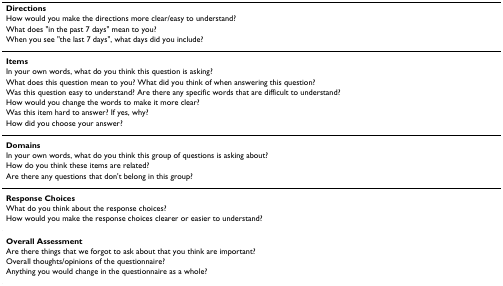
<table><thead><tr><td><b>Directions</b></td></tr><tr><td><b>How would you make the directions more clear/easy to understand?</b></td></tr><tr><td><b>What does &quot;in the past 7 days&quot; mean to you?</b></td></tr><tr><td><b>When you see &quot;the last 7 days&quot;, what days did you include?</b></td></tr></thead><tbody><tr><td><b>Items</b></td></tr><tr><td>In your own words, what do you think this question is asking?</td></tr><tr><td>What does this question mean to you? What did you think of when answering this question?</td></tr><tr><td>Was this question easy to understand? Are there any specific words that are difficult to understand?</td></tr><tr><td>How would you change the words to make it more clear?</td></tr><tr><td>Was this item hard to answer? If yes, why?</td></tr><tr><td>How did you choose your answer?</td></tr><tr><td><b>Domains</b></td></tr><tr><td>In your own words, what do you think this group of questions is asking about?</td></tr><tr><td>How do you think these items are related?</td></tr><tr><td>Are there any questions that don&#x27;t belong in this group?</td></tr><tr><td><b>Response Choices</b></td></tr><tr><td>What do you think about the response choices?</td></tr><tr><td>How would you make the response choices clearer or easier to understand?</td></tr><tr><td><b>Overall Assessment</b></td></tr><tr><td>Are there things that we forgot to ask about that you think are important?</td></tr><tr><td>Overall thoughts/opinions of the questionnaire?</td></tr><tr><td>Anything you would change in the questionnaire as a whole?</td></tr></tbody></table>